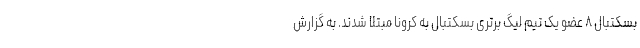
بسکتبال ۸ عضو یک تیم لیگ برتری بسکتبال به کرونا مبتلا شدند. به گزارش